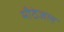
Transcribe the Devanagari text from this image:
मीठेजल